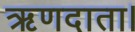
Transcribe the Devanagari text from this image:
ऋणदाता।